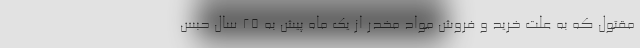
مقتول که به علت خرید و فروش مواد مخدر از یک ماه پیش به ۲۵ سال حبس